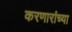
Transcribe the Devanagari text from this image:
करणारांच्या